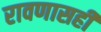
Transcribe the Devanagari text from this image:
रावणासही